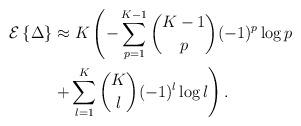
LaTeX: \begin{align*}\mathcal{E}\left\{\Delta\right\} &\approx K \left(- \sum^{K-1}_{p=1} {K-1 \choose p}(-1)^p \log p \right. \\ &\left. + \sum^{K}_{l=1}{K \choose l}(-1)^l \log l \right).\end{align*}